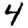
Digit: 4